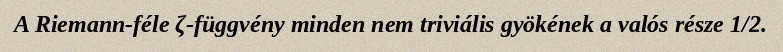
A Riemann-féle ζ-függvény minden nem triviális gyökének a valós része 1/2.